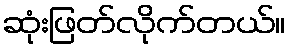
ဆုံးဖြတ်လိုက်တယ်။